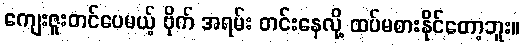
ကျေးဇူးတင်ပေမယ့် ဗိုက် အရမ်း တင်းနေလို့ ထပ်မစားနိုင်တော့ဘူး။